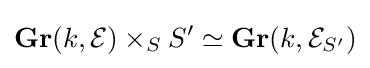
\mathbf {Gr} (k,{\mathcal {E}})\times _{S}S'\simeq \mathbf {Gr} (k,{\mathcal {E}}_{S'})